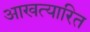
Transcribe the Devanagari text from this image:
आखत्यारित